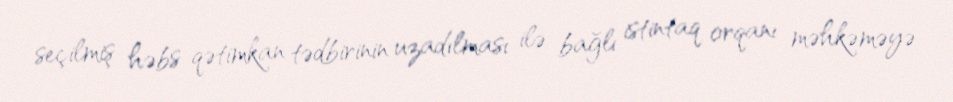
seçilmiş həbs qətimkan tədbirinin uzadılması ilə bağlı istintaq orqanı məhkəməyə